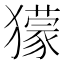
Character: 獴